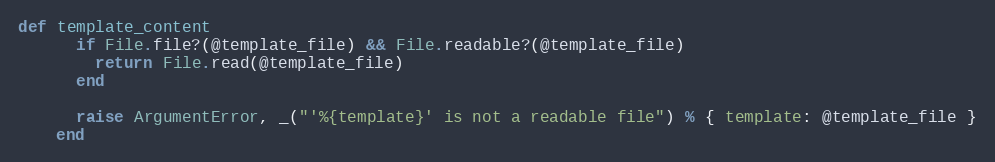
Language: Ruby
def template_content
      if File.file?(@template_file) && File.readable?(@template_file)
        return File.read(@template_file)
      end

      raise ArgumentError, _("'%{template}' is not a readable file") % { template: @template_file }
    end